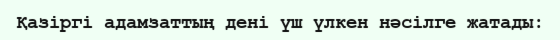
Қазіргі адамзаттың дені үш үлкен нәсілге жатады: